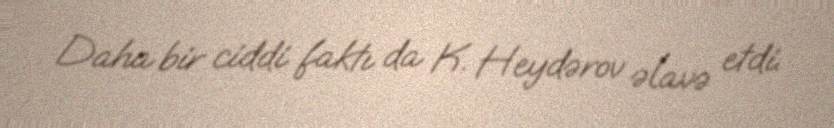
Daha bir ciddi faktı da K. Heydərov əlavə etdi.